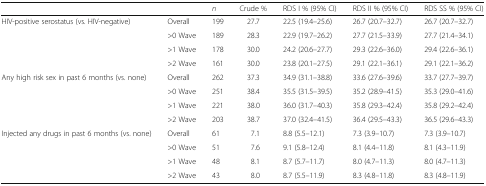
<table><thead><tr><td></td><td></td><td><b><i>n</i></b></td><td><b>Crude %</b></td><td><b>RDS I % (95% CI)</b></td><td><b>RDS II % (95% CI)</b></td><td><b>RDS SS % (95% CI)</b></td></tr></thead><tbody><tr><td rowspan="4">HIV-positive serostatus (vs. HIV-negative)</td><td>Overall</td><td>199</td><td>27.7</td><td>22.5 (19.4–25.6)</td><td>26.7 (20.7–32.7)</td><td>26.7 (20.7–32.7)</td></tr><tr><td>&gt;0 Wave</td><td>189</td><td>28.3</td><td>22.9 (19.7–26.2)</td><td>27.7 (21.5–33.9)</td><td>27.7 (21.4–34.1)</td></tr><tr><td>&gt;1 Wave</td><td>178</td><td>30.0</td><td>24.2 (20.6–27.7)</td><td>29.3 (22.6–36.0)</td><td>29.4 (22.6–36.1)</td></tr><tr><td>&gt;2 Wave</td><td>161</td><td>30.0</td><td>23.8 (20.1–27.5)</td><td>29.1 (22.1–36.1)</td><td>29.1 (22.1–36.2)</td></tr><tr><td rowspan="4">Any high risk sex in past 6 months (vs. none)</td><td>Overall</td><td>262</td><td>37.3</td><td>34.9 (31.1–38.8)</td><td>33.6 (27.6–39.6)</td><td>33.7 (27.7–39.7)</td></tr><tr><td>&gt;0 Wave</td><td>251</td><td>38.4</td><td>35.5 (31.5–39.5)</td><td>35.2 (28.9–41.5)</td><td>35.3 (29.0–41.6)</td></tr><tr><td>&gt;1 Wave</td><td>221</td><td>38.0</td><td>36.0 (31.7–40.3)</td><td>35.8 (29.3–42.4)</td><td>35.8 (29.2–42.4)</td></tr><tr><td>&gt;2 Wave</td><td>203</td><td>38.7</td><td>37.0 (32.4–41.5)</td><td>36.4 (29.5–43.3)</td><td>36.5 (29.6–43.3)</td></tr><tr><td rowspan="4">Injected any drugs in past 6 months (vs. none)</td><td>Overall</td><td>61</td><td>7.1</td><td>8.8 (5.5–12.1)</td><td>7.3 (3.9–10.7)</td><td>7.3 (3.9–10.7)</td></tr><tr><td>&gt;0 Wave</td><td>51</td><td>7.6</td><td>9.1 (5.8–12.4)</td><td>8.1 (4.4–11.8)</td><td>8.1 (4.3–11.9)</td></tr><tr><td>&gt;1 Wave</td><td>48</td><td>8.1</td><td>8.7 (5.7–11.7)</td><td>8.0 (4.7–11.3)</td><td>8.0 (4.7–11.3)</td></tr><tr><td>&gt;2 Wave</td><td>43</td><td>8.0</td><td>8.7 (5.5–11.9)</td><td>8.3 (4.8–11.8)</td><td>8.3 (4.8–11.9)</td></tr></tbody></table>